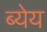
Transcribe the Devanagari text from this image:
ब्येय